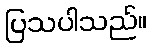
ပြသပါသည်။